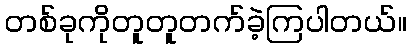
တစ်ခုကိုတူတူတက်ခဲ့ကြပါတယ်။